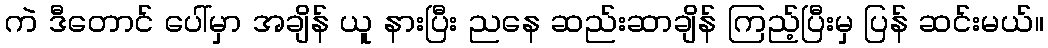
ကဲ ဒီတောင် ပေါ်မှာ အချိန် ယူ နားပြီး ညနေ ဆည်းဆာချိန် ကြည့်ပြီးမှ ပြန် ဆင်းမယ်။